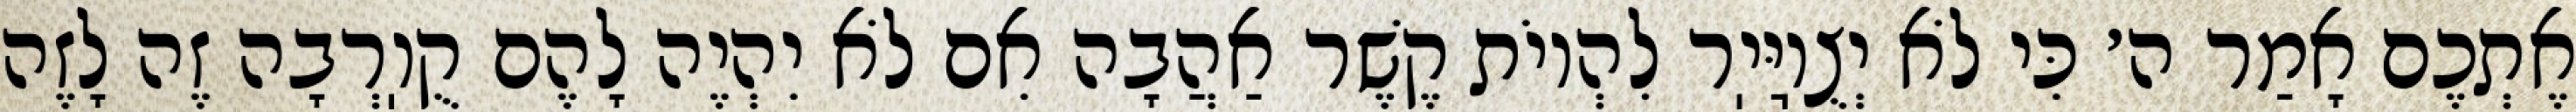
אֶתְכֶם אָמַר ה׳ כִּי לֹא יְצֻוֽיַּיֽר לִהְיוֹת קֶשֶׁר אַהֲבָה אִם לֹא יִהְיֶה לָהֶם קֻוֽרְבָה זֶה לָזֶה